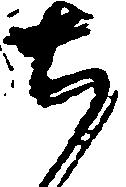
ち